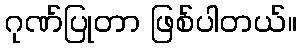
ဂုဏ်ပြုတာ ဖြစ်ပါတယ်။